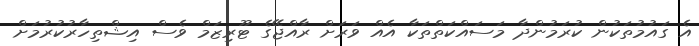
އެ ގައުމުތަކުން ކުރަމުންދާ މަސައްކަތްތަކާ އެއް ވަރަށް ރާއްޖޭގެ ޓޫރިޒަމް ވެސް އިޝްތިހާރުކުރުމަށް